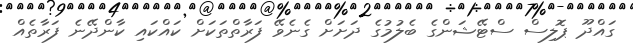
ގައްދޫ ޕޮލިސް ސްޓޭޝަންގެ ބެލުމުގެ ދަށަށް ގެނެވޭ ފަރާތްތަކަށް ކައްކައި ކާންދޭނެ ފަރާތެއް